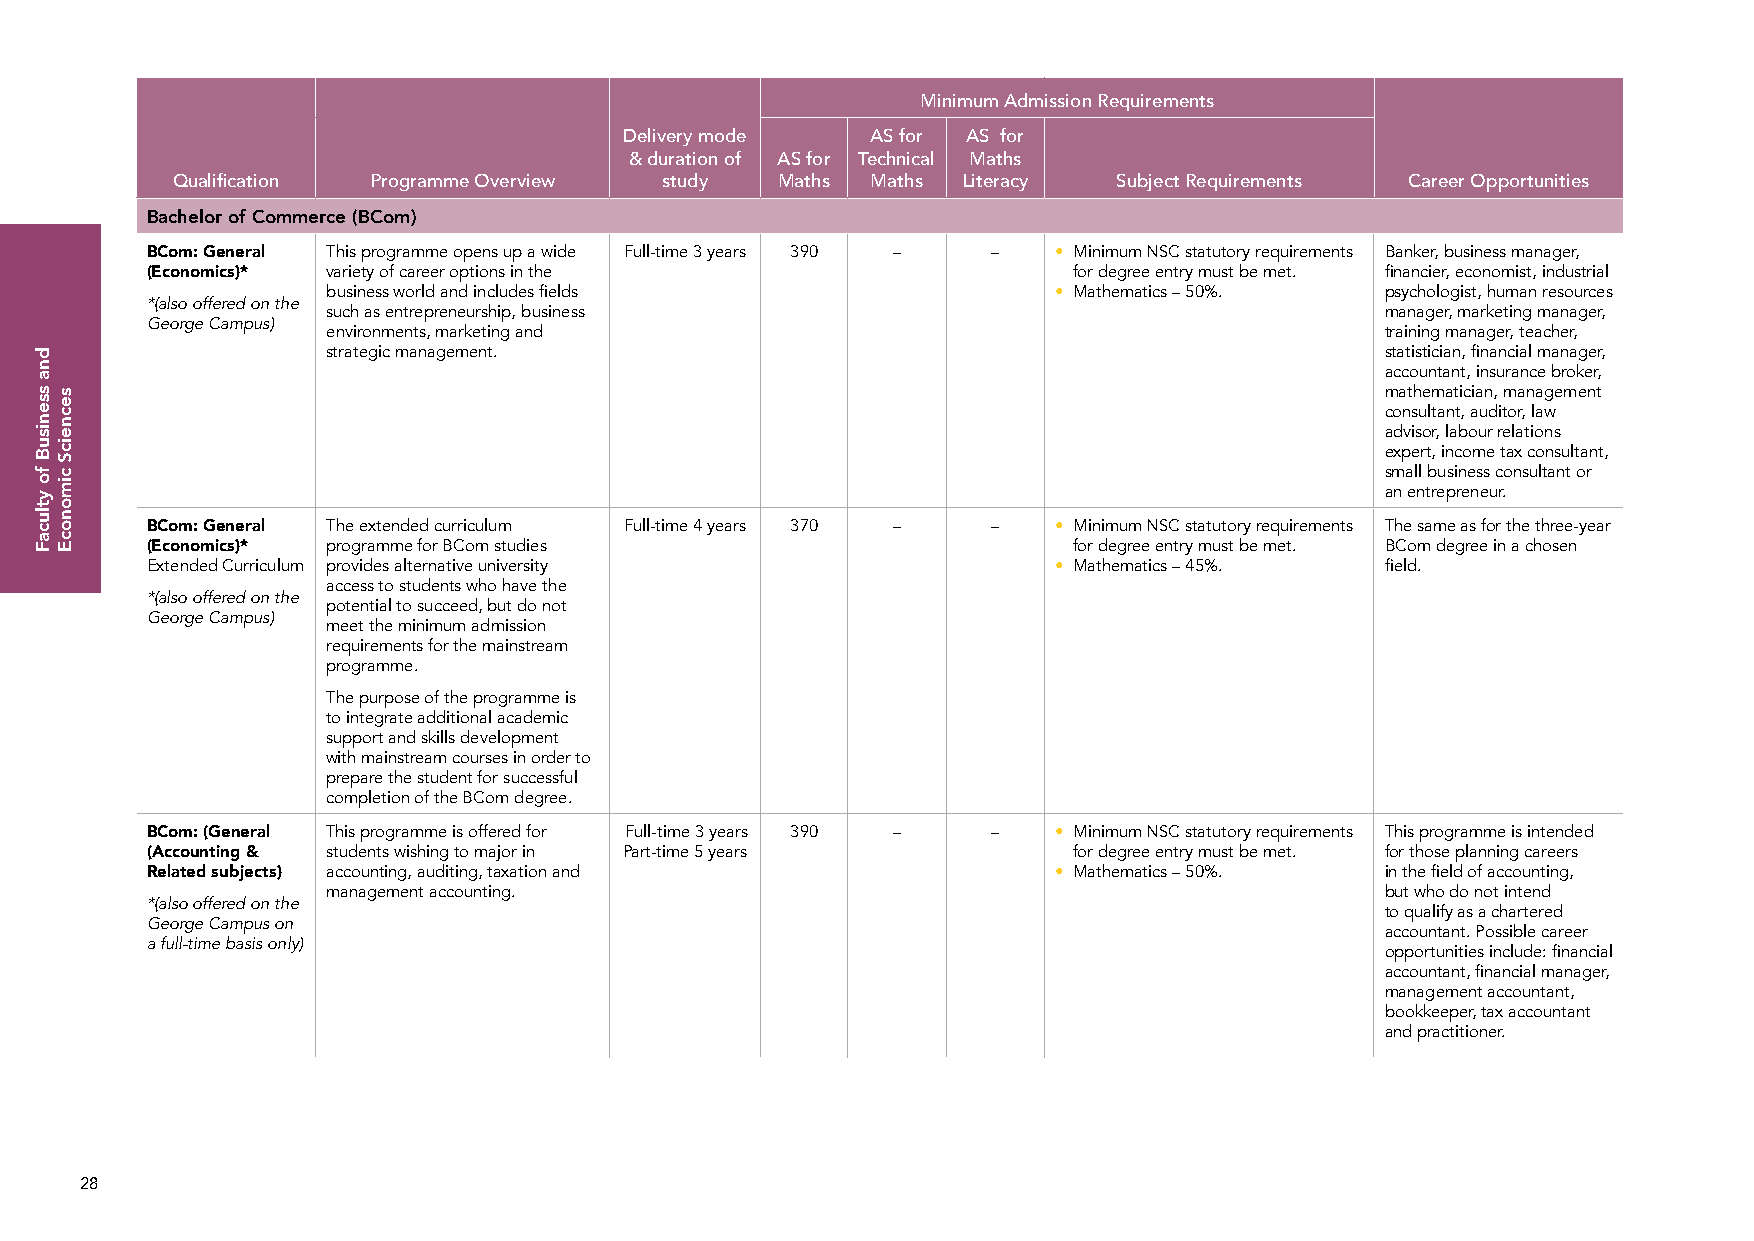
Minimum Admission Requirements
 Delivery mode    AS for AS for
 & duration of AS for Technical Maths
 Qualification Programme Overview study  Maths  Maths Literacy  Subject Requirements Career Opportunities
 Bachelor of Commerce (BCom)
 BCom: General This programme opens up a wide Full-time 3 years 390 – – • Minimum NSC statutory requirements Banker, business manager,
 (Economics)* variety of career options in the                for degree entry must be met. financier, economist, industrial
 business world and includes fields              • Mathematics – 50%.  psychologist, human resources
 *(also offered on the
 such as entrepreneurship, business                                    manager, marketing manager,
 George Campus)
 environments, marketing and                                           training manager, teacher,
 strategic management.                                                 statistician, financial manager,
 accountant, insurance broker,
 mathematician, management
 consultant, auditor, law
 advisor, labour relations
 expert, income tax consultant,
 small business consultant or
 an entrepreneur.
 BCom: General The extended curriculum Full-time 4 years 370 – – • Minimum NSC statutory requirements The same as for the three-year
 (Economics)* programme for BCom studies                      for degree entry must be met. BCom degree in a chosen
 Extended Curriculum provides alternative university         • Mathematics – 45%.  field.
 access to students who have the
 *(also offered on the
 potential to succeed, but do not
 George Campus)
 meet the minimum admission
 requirements for the mainstream
 programme.
 The purpose of the programme is
 to integrate additional academic
 support and skills development
 with mainstream courses in order to
 prepare the student for successful
 completion of the BCom degree.
 BCom: (General This programme is offered for Full-time 3 years 390 – – • Minimum NSC statutory requirements This programme is intended
 (Accounting & students wishing to major in Part-time 5 years for degree entry must be met. for those planning careers
 Related subjects) accounting, auditing, taxation and        • Mathematics – 50%.  in the field of accounting,
 management accounting.                                                but who do not intend
 *(also offered on the
 to qualify as a chartered
 George Campus on
 accountant. Possible career
 a full-time basis only)
 opportunities include: financial
 accountant, financial manager,
 management accountant,
 bookkeeper, tax accountant
 and practitioner.
 28
 dna
 ssenisuB
 fo
 ytlucaF
 secneicS
 cimonocE